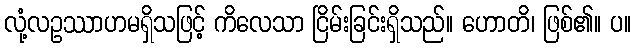
လုံ့လဥဿာဟမရှိသဖြင့် ကိလေသာ ငြိမ်းခြင်းရှိသည်။ ဟောတိ၊ ဖြစ်၏။ ပ။